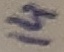
Text: 14